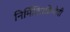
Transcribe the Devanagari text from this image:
निर्मितिप्रक्रियेची